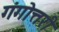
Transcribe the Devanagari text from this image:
गंगोत्तरी